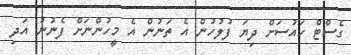
ގެސްޓް ހައުސަށް ދިޔަ ފުލުހުން އެ ތަނުން އެ މީހުންނަށް ފެނުނު އަދި